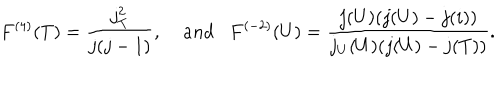
LaTeX: F ^ { ( 4 ) } ( T ) = \frac { j _ { T } ^ { 2 } } { j ( j - 1 ) } , \; a n d F ^ { ( - 2 ) } ( U ) = \frac { j ( U ) ( j ( U ) - j ( i ) ) } { j _ { U } ( U ) ( j ( U ) - j ( T ) ) } .